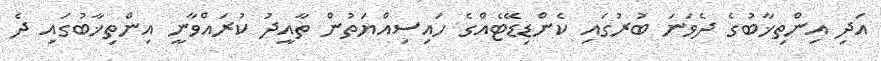
އަދި އިންތިޚާބުގެ ދެވަނަ ބުރުގައި ކެންޑިޑޭޓެއްގެ ހައިސިއްޔަތުން ތާއީދު ކުރައްވާނީ އިންތިޚާބުގައި ދެ